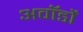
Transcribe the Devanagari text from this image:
अवॉर्डों